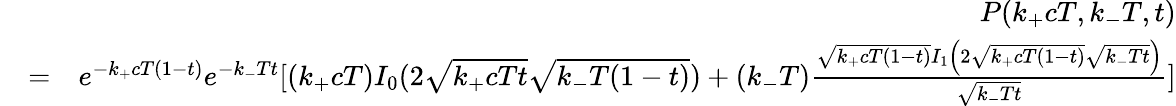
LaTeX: \begin{array}{rlr}&{}&{P(k_{+}cT,k_{-}T,t)}\\ &{=}&{e^{-k_{+}cT(1-t)}e^{-k_{-}Tt}[(k_{+}cT)I_{0}(2\sqrt{k_{+}cTt}\sqrt{k_{-}T(1-t)})+(k_{-}T)\frac{\sqrt{k_{+}cT(1-t)}I_{1}\left(2\sqrt{k_{+}cT(1-t)}\sqrt{k_{-}Tt}\right)}{\sqrt{k_{-}Tt}}]}\end{array}